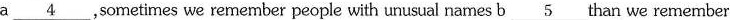
a\underline{4},sometimes we remember people with unusual names b\underline{5} than we remember